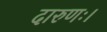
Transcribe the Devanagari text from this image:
दारुणः।